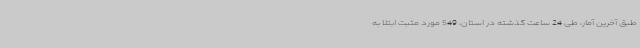
طبق آخرین آمار، طی 24 ساعت گذشته در استان، 549 مورد مثبت ابتلا به